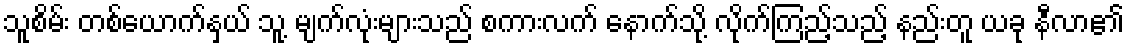
သူစိမ်း တစ်ယောက်နှယ် သူ့ မျက်လုံးများသည် စကားလက် နောက်သို့ လိုက်ကြည့်သည့် နည်းတူ ယခု နီလာ၏